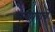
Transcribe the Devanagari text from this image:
मृत्युपत्राचे